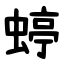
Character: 蝏